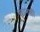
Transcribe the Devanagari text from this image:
खानशी